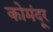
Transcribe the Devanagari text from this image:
कोमंदूर